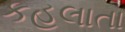
કહલાતા